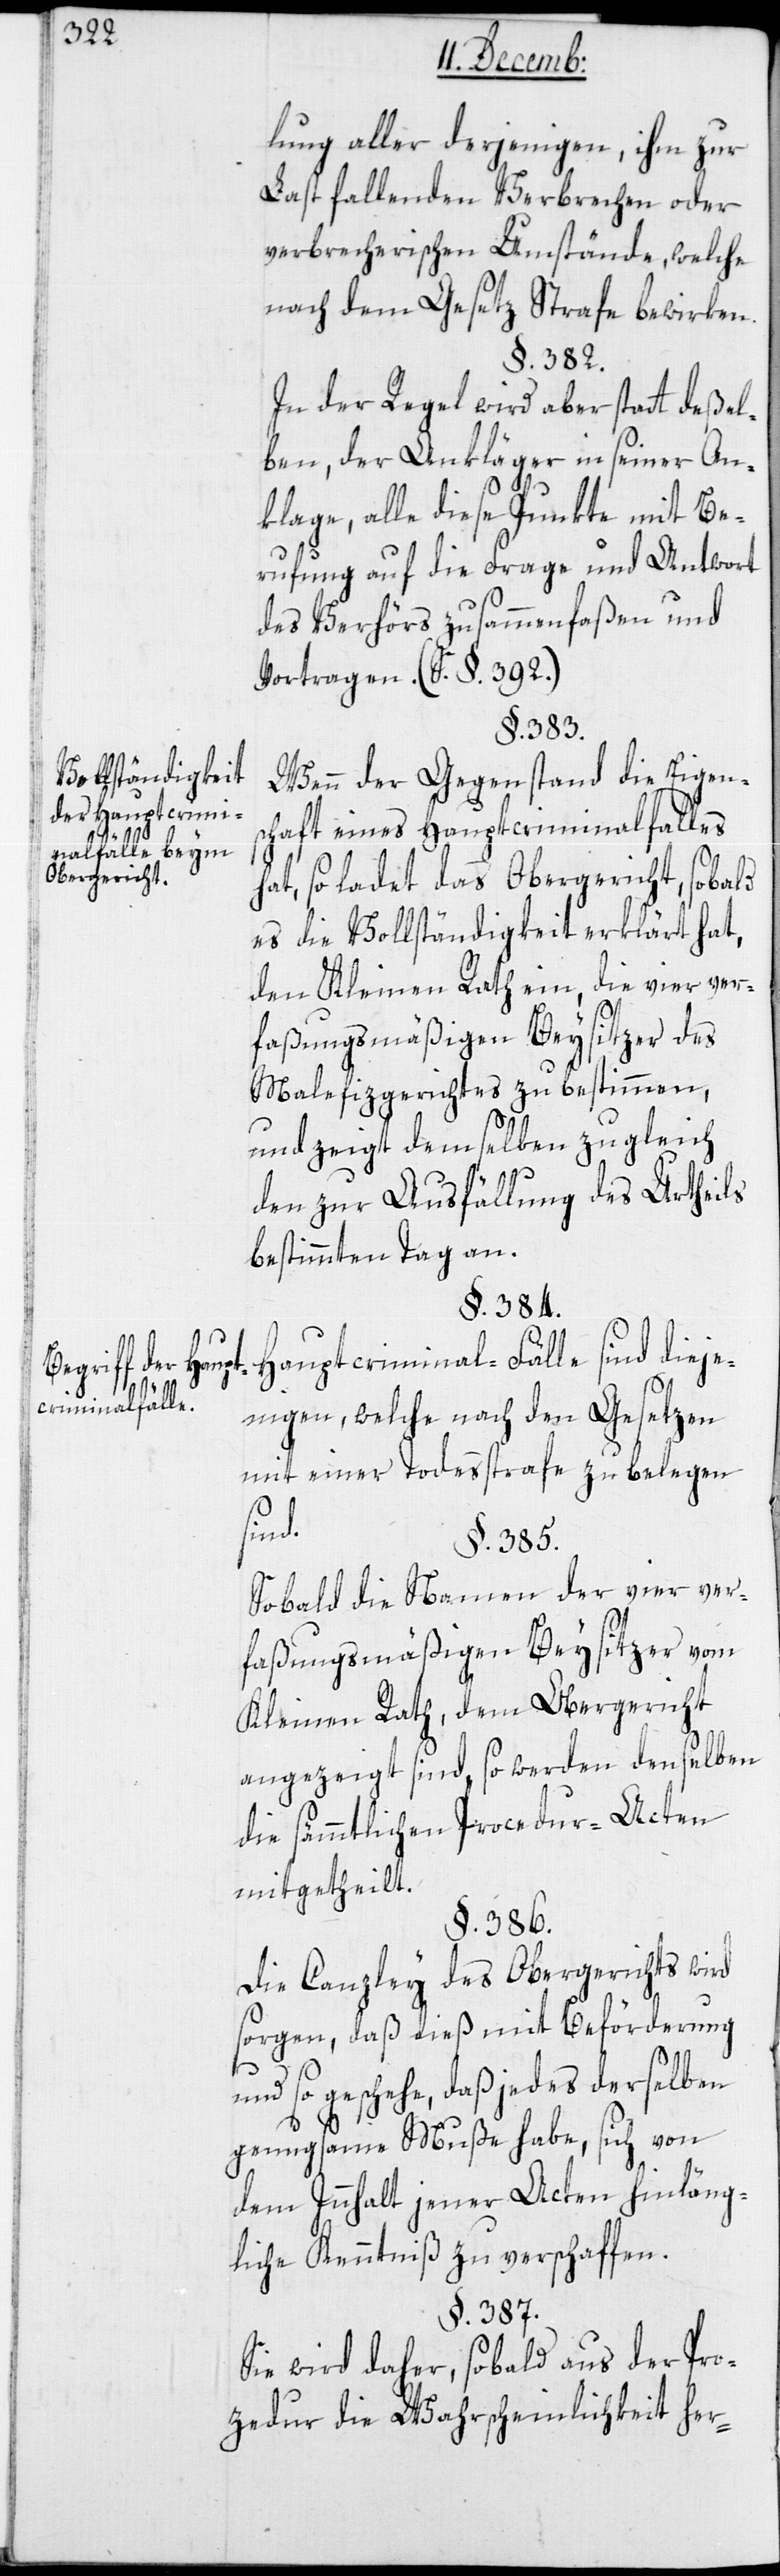
ung aller derjenigen, ihm zur
Last fallenden Verbrechen oder
verbrecherischen Umstände, welche
nach dem Gesetz Strafe bewirken.
§. 382.
In der Regel wird aber statt deßel¬
ben, der Ankläger in seiner An¬
klage, alle diese Punkte mit Be¬
rufung auf die Frage und Antwort
des Verhörs zusammenfaßen und
vortragen. (S. §. 392.)
§. 383.
Vollständigkeit
Wenn der Gegenstand die Eigens¬
der Hauptcrim¬
chaft eines Hauptcriminalfalles
nalfälle beym
Obergericht.
hat, so ladet das Obergericht, sobald
es die Vollständigkeit erklärt hat,
den Kleinen Rath ein, die vier ver¬
faßungsmäßigen Beysitzer des
Malefizgerichtes zu bestimmen,
und zeigt demselben zugleich
den zur Ausfällung des Urtheils
bestimmten Tag an.
§. 384.
dieje¬
criminal-Fälle
nigen, welche nach den Gesetzen
mit einer Todesstrafe zu belegen
sind.
§. 385.
Sobald die Namen der vier ver¬
faßungsmäßigen Beysitzer vom
Kleinen Rath dem Obergericht
angezeigt sind, so werden denselben
die sämmtlichen Procedur-Acten
mitgetheilt.
§. 386.
Die Canzley des Obergerichts wird
sorgen, daß dieß mit Beförderung
und so geschehe, daß jedes derselben
genugsame Muße habe, sich von
dem Innhalt jener Acten hinläng¬
liche Kenntniß zu verschaffen.
§. 387.
Sie wird daher, sobald aus der Pro¬
zedur die Wahrscheinlichkeit her-